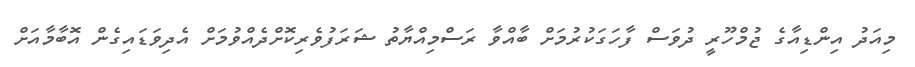
މިއަދު އިންޑިއާގެ ޖުމްހޫރީ ދުވަސް ފާހަގަކުރުމަށް ބާއްވާ ރަސްމިއްޔާތު ޝަރަފުވެރިކޮށްދެއްވުމަށް އެދިވަޑައިގެން އޮބާމާއަށް